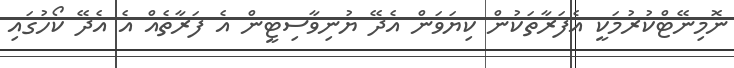
ނޮމިނޭޓްކުރުމަކީ އެފަރާތަކުން ކިޔަވަން އެދޭ ޔުނިވާސިޓީން އެ ފަރާތެއް އެ އެދޭ ކޯހުގައި